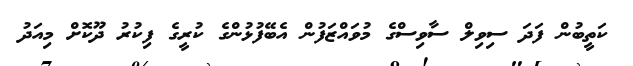
ކަތީބުން ފަދަ ސިވިލް ސާވިސްގެ މުވައްޒަފުން އެބޭފުޅުންގެ ކުރީގެ ފިކުރު ދޫކޮށް މިއަދު